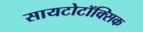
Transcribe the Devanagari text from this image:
सायटोटॉक्सिक